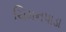
ચિમનપાડા